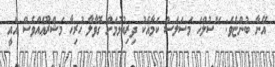
އޭނާ ބުންޏެވެ: "ސުލްހަ މަސަލަސް ކަމާއެކު ދިރިއުޅުމަށް ގޮވާލާ ހުރިހާ މަޝްރޫޢެއްވެސް އެއީ